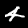
Digit: 4